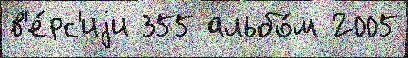
в'е́рс'иjи 355 альбо́м 2005